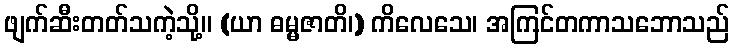
ဖျက်ဆီးတတ်သကဲ့သို့။ (ယာ ဓမ္မဇာတိ၊) ကိလေသေ၊ အကြင်တကာသဘောသည်